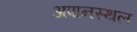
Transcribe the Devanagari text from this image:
अपानस्थल